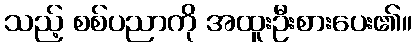
သည့် စစ်ပညာကို အထူးဦးစားပေး၏။